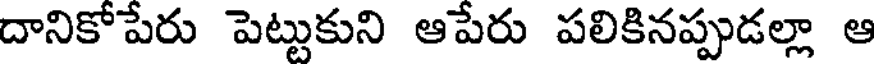
దానికోపేరు పెట్టుకుని ఆపేరు పలికినప్పుడల్లా ఆ